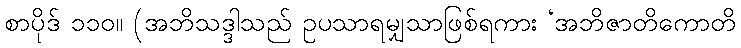
စာပိုဒ် ၁၁၀။ (အဘိသဒ္ဒါသည် ဥပသာရမျှသာဖြစ်ရကား ‘အဘိဇာတိကောတိ